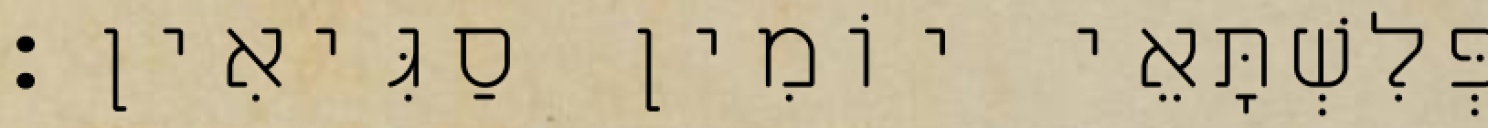
פְּלִשְׁתָּאֵי יוֹמִין סַגִּיאִין׃